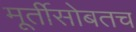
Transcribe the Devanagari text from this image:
मूर्तीसोबतच